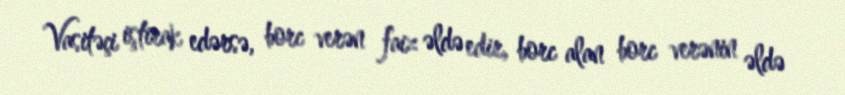
Vasitəçi iştirak edərsə, borc verən faiz əldə edir, borc alan borc verənin əldə